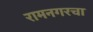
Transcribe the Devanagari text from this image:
रामनगरचा